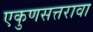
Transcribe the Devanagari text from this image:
एकुणसत्तरावा